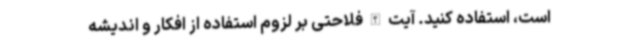
است، استفاده کنید. آیت الله فلاحتی بر لزوم استفاده از افکار و اندیشه